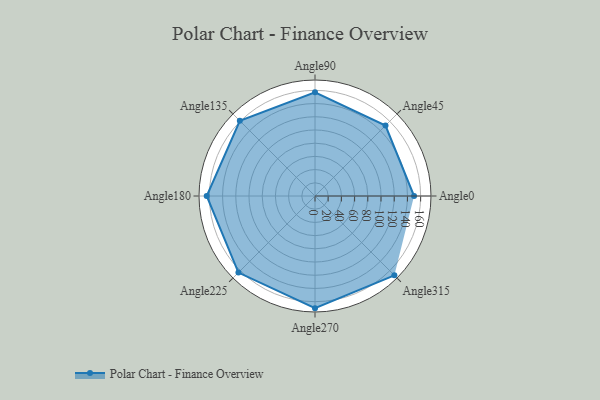
{"axis": {"x": "Angle", "y": "Radius"}, "legend": [""], "data": [{"x": "Angle0", "y": 150.0, "type": ""}, {"x": "Angle45", "y": 151.0, "type": ""}, {"x": "Angle90", "y": 157.0, "type": ""}, {"x": "Angle135", "y": 161.0, "type": ""}, {"x": "Angle180", "y": 164.0, "type": ""}, {"x": "Angle225", "y": 164.0, "type": ""}, {"x": "Angle270", "y": 170.0, "type": ""}, {"x": "Angle315", "y": 170, "type": ""}]}